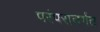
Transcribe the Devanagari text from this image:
परंपरातर्गत